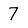
Character: 7